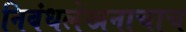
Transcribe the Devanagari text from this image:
निबंधलेखनाचाच